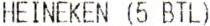
HEINEKEN (5 BTL)